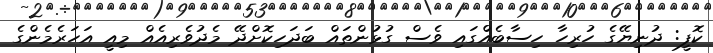
ކޮފީ: ދުނިޔޭގެ ހުރިހާ ހިސާބެއްގައި ވެސް ގުޅުންތައް ބަދަހިކޮށްދޭ މެދުވެރިއެއް މިއީ އަހަރެމެންގެ